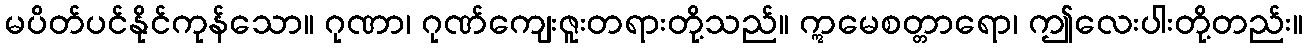
မပိတ်ပင်နိုင်ကုန်သော။ ဂုဏာ၊ ဂုဏ်ကျေးဇူးတရားတို့သည်။ ဣမေစတ္တာရော၊ ဤလေးပါးတို့တည်း။